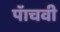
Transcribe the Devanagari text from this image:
पॅाचवी